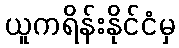
ယူကရိန်းနိုင်ငံမှ